Vaccination in Burma 1920-1933 - 1920-1933
Year: 1920
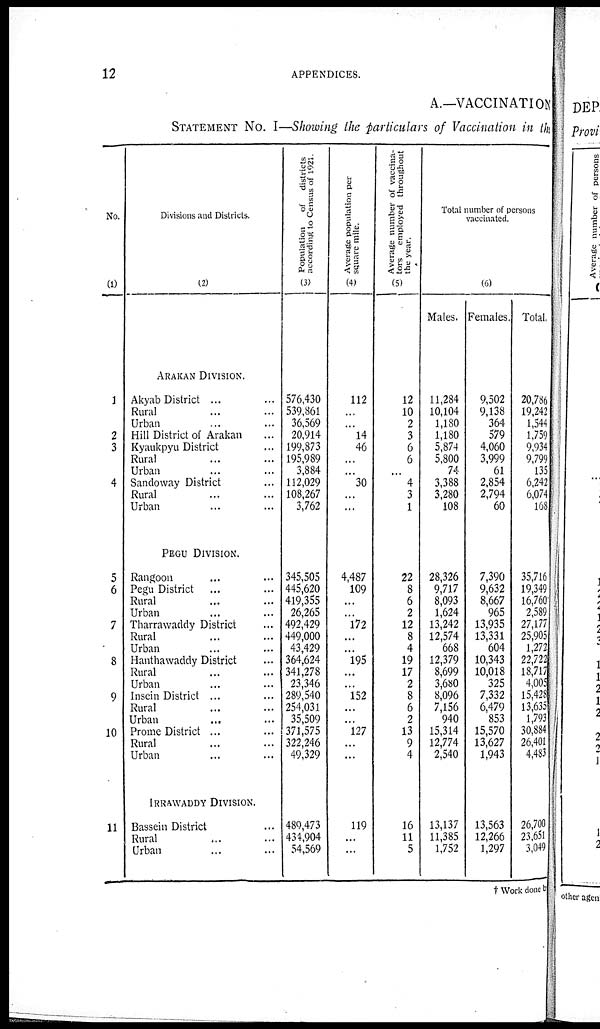
12
APPENDICES.
A.—VACCINATION
STATEMENT No. I—Showing the particulars of Vaccination in the
No.
(1)
1
2
3
4
5
6
7
8
9
10
11
Divisions and Districts.
(2)
ARAKAN DIVISION.
Akyab District ... ...
Rural... ...
Urban... ...
Hill District of Arakan... ...
Kyaukpyu District ... ...
Rural... ...
Urban... ...
Sandoway District...
Rural... ...
Urban... ...
PEGU DIVISION.
Rangoon... ...
Pegu District... ...
Rural... ...
Urban... ...
Tharrawaddy District... ...
Rural... ...
Urban... ...
Hanthawaddy District ...
Rural... ...
Urban... ...
Insein District ... ...
Rural... ...
Urban... ...
Prome District ... ...
Rural... ...
Urban... ...
IRRAWADDY DIVISION.
Bassein District ... ...
Rural... ...
Urban... ...
Population
of districts
according to Census of 1921.
(3)
576,430
539,861
36,569
20,914
199,873
195,989
3,884
112,029
108,267
3,762
345,505
445,620
419,355
26,265
492,429
449,000
43,429
364,624
341,278
23,346
289,540
254,031
35,509
371,575
322,246
49,329
489,473
434,904
54,569
Average population per
square mile.
(4)
112
...
...
14
46
...
...
30
...
...
4,487
109
...
...
172
...
...
195
...
...
152
...
...
127
...
...
119
...
...
Average number of vaccina-
tors employed throughout
the year.
(5)
12
10
2
3
6
6
...
4
3
1
22
8
6
2
12
8
4
19
17
2
8
6
2
13
9
4
16
11
5
Total number of persons
vaccinated.
(6)
Males.
11,284
10,104
1,180
1,180
5,874
5,800
74
3,388
3,280
108
28,326
9,717
8,093
1,624
13,242
12,574
668
12,379
8,699
3,680
8,096
7,156
940
15,314
12,774
2,540
13,137
11,385
1,752
Females.
9,502
9,138
364
579
4,060
3,999
61
2,854
2,794
60
7,390
9,632
8,667
965
13,935
13,331
604
10,343
10,018
325
7,332
6,479
853
15,570
13,627
1,943
13,563
12,266
1,297
Total.
20,786
19,242
1,544
1,759
9,934
9,799
135
6,242
6,074
168
35,716
19,349
16,760
2,589
27,177
25,905
1,272
22,722
18,717
4,005
15,428
13,635
1,793
30,884
26,401
4,483
26,700
23,651
3,049
† Work done be